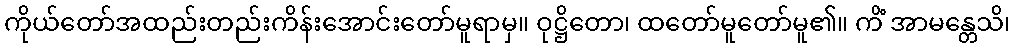
ကိုယ်တော်အထည်းတည်းကိန်းအောင်းတော်မူရာမှ။ ဝုဋ္ဌိတော၊ ထတော်မူတော်မူ၏။ ကိံ အာမန္တေသိ၊